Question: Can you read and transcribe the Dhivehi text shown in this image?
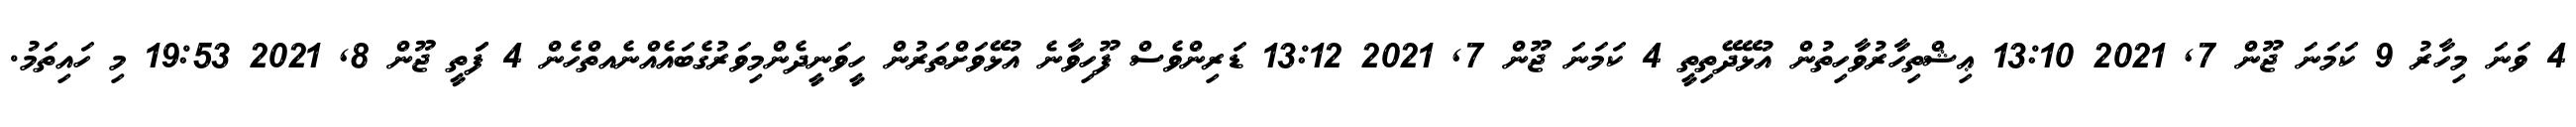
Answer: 4 ވަނަ މިހާރު 9 ކަމަނަ ޖޫން 7, 2021 13:10 ޢިޝްތިހާރުވާހިތުން އުޅޭދޭތިތީ 4 ކަމަނަ ޖޫން 7, 2021 13:12 ޑަރިންވެސް ފޫހިވާނެ އުޅޭވަށްތަރުން ހީވަނީދެންމިވަރުގެބައެއްނެއތްހެން 4 ފަަތީ ޖޫން 8, 2021 19:53 މި ހައިތަމު.